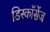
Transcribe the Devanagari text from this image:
डिस्कॉर्सेज